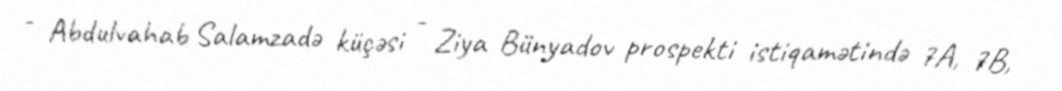
- Abdulvahab Salamzadə küçəsi - Ziya Bünyadov prospekti istiqamətində 7A, 7B,